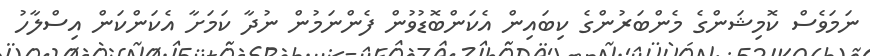
ނަމަވެސް ކޮމިޝަންގެ މެންބަރުންގެ ކިބައިން އެކަންބޮޑުވުން ފެންނަމުން ނުދާ ކަމަށާ އެކަންކަން އިސްލާހު